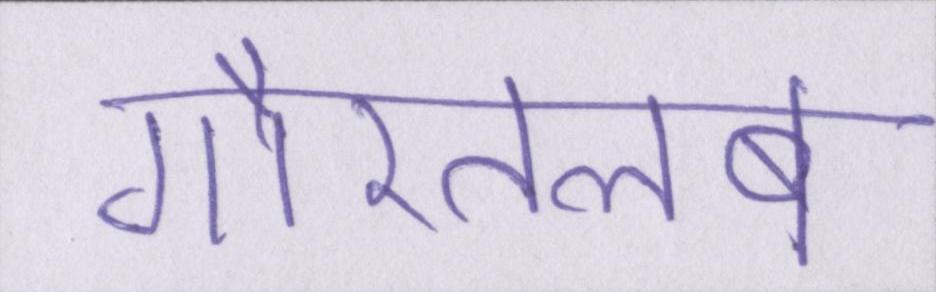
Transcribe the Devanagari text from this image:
गौरतलब